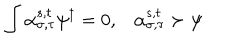
\int \alpha _ { \sigma , \tau } ^ { s , t } \psi ^ { \dagger } = 0 , \alpha _ { \sigma , \tau } ^ { s , t } \succ \psi